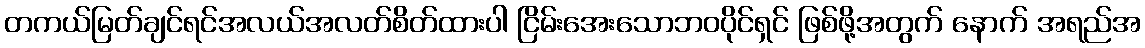
တကယ်မြတ်ချင်ရင်အလယ်အလတ်စိတ်ထားပါ ငြိမ်းအေးသောဘဝပိုင်ရှင် ဖြစ်ဖို့အတွက် နောက် အရည်အ